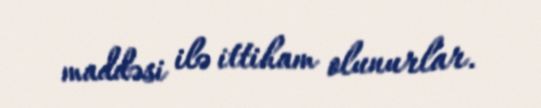
maddəsi ilə ittiham olunurlar.